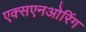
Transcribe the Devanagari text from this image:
एक्सएनओरिंग